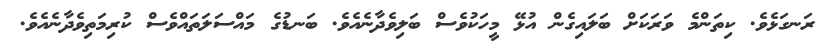
ރަނގަޅެވެ. ކިތަންމެ ވަރަކަށް ބަލައިގެން އުޅޭ މީހަކުވެސް ބަލިވެދާނެއެވެ. ބަނޑުގެ މައްސަލަތައްވެސް ކުރިމަތިވެދާނެއެވެ.